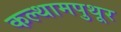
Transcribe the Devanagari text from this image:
कल्थामपुथूर